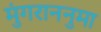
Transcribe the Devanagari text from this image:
मुंगराननुमा